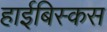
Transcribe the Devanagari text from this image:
हाईबिस्कस